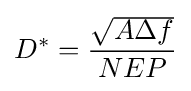
D^{*}={\frac {\sqrt {A\Delta f}}{NEP}}